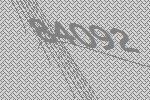
84092